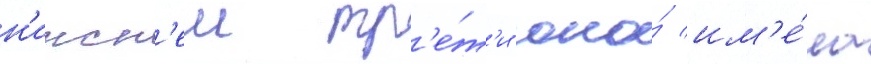
н'ижн'еи тр'е́т'и она́ им'е́ла